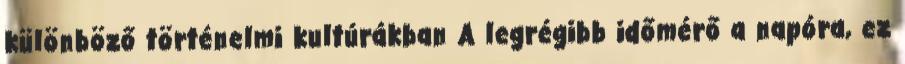
különböző történelmi kultúrákban A legrégibb időmérő a napóra, ez